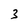
Character: 3